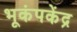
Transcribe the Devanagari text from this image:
भूकंपकेंद्र